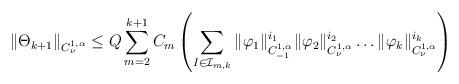
LaTeX: \begin{align*}\| \Theta_{k+1}\|_{C^{1,\alpha}_\nu} \leq Q\sum_{m=2}^{k+1}{C_m\left(\sum_{I\in \mathcal{I}_{m,k}}{\|\varphi_1\|_{C^{1,\alpha}_{-1}}^{i_1}\|\varphi_2\|_{C^{1,\alpha}_{\nu}}^{i_2}\dots \|\varphi_{k}\|_{C^{1,\alpha}_{\nu}}^{i_{k}}}\right)}\end{align*}